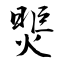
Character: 煚